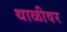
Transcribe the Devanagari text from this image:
थाळीवर